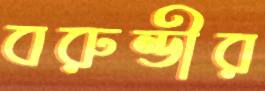
বরুন্ডীর